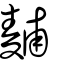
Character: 麱